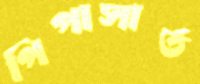
পিপাসার্ত